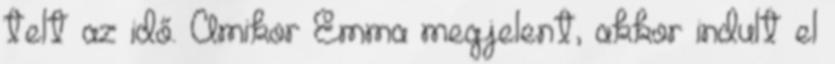
telt az idő. Amikor Emma megjelent, akkor indult el